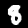
Label: 8